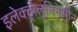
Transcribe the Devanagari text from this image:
इलेक्ट्रोलुमिनेसीन